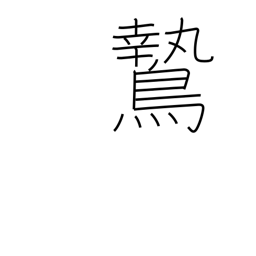
Meaning: daring